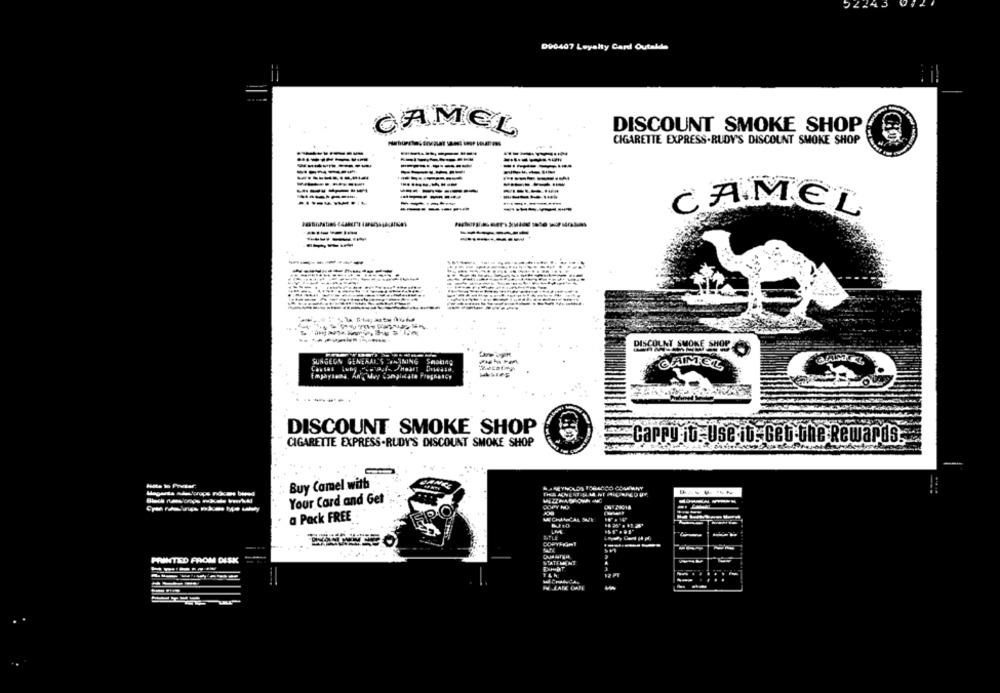
000407 Loyalty Card Outalde
CAMEL
DISCOUNT SMOKE SHOP
CIGARETTE EXPRESS.RUDY'S DISCOUNT SMOKE SHOP
-------
-------
------
-----
-----------
------ I
----
------
-------
-----
-----
-----
------
CAMEL
-------
DISCOLNI SHONE SHOP
SURGEON GENERAL STAINING
DISCOUNT SMOKE SHOP
CIGARETTE EXPRESS.RUDY'S DISCOUNT SMOKE SHOP
Cappy it. Use it. Get the Rewards.
Buy Camel with
Your Card and Get
a Pack FREE
TLE
PRINTED FROM DISK
STATEMENT
. ..
12 PI
..
I LATE CAFE